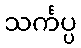
သင်္ကပ္ပ